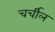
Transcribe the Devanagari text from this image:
चर्चील